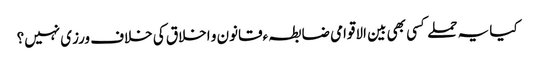
کیا یہ حملے کسی بھی بین الاقوامی ضابطہ ءقانون و اخلاق کی خلاف ورزی نہیں؟